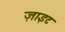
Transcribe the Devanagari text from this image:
ज़ाइट